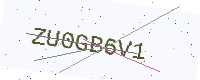
Text: ZU0GB6V1